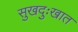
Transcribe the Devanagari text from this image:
सुखदुःखात